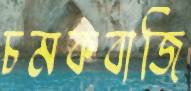
চমকবাজি